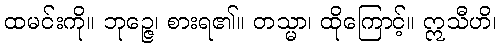
ထမင်းကို။ ဘုဉ္ဇေ၊ စားရ၏။ တသ္မာ၊ ထိုကြောင့်။ ဣသီဟိ၊